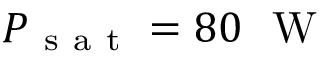
P _ { \mathrm { ~ s ~ a ~ t ~ } } = 8 0 ~ \mathrm { ~ W ~ }